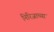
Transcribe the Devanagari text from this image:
निरिजाच्या